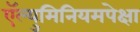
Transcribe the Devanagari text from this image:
ऍल्युमिनियमपेक्षा